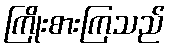
ကြိုးစားကြသည်